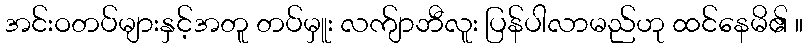
အင်းဝတပ်များနှင့်အတူ တပ်မှူး လက်ျာဘီလူး ပြန်ပါလာမည်ဟု ထင်နေမိ၏ ။